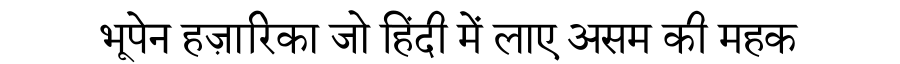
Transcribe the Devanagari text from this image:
भूपेन हज़ारिका जो हिंदी में लाए असम की महक